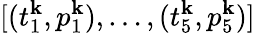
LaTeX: [(t_{1}^{\mathbf{k}},p_{1}^{\mathbf{k}}),\dots,(t_{5}^{\mathbf{k}},p_{5}^{\mathbf{k}})]